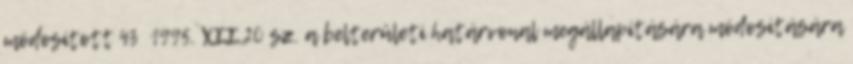
módosított 43 1995. XII.20 sz. a belterületi határvonal megállapítására módosítására